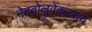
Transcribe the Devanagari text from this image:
नेदवोलुवेंकटराव